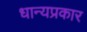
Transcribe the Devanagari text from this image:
धान्यप्रकार